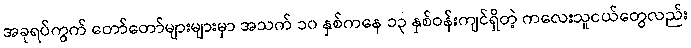
အခုရပ်ကွက် တော်တော်များများမှာ အသက် ၁၀ နှစ်ကနေ ၁၃ နှစ်ဝန်းကျင်ရှိတဲ့ ကလေးသူငယ်တွေလည်း